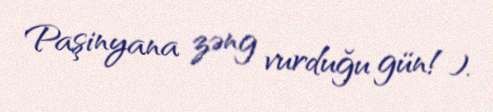
Paşinyana zəng vurduğu gün!).